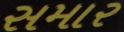
સમાર